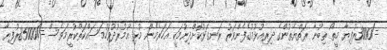
=/3000ރުފިޔާ މީތޯ ތިބުނާ ރަތްޔެތުންގެ ދިރިއުޅުމުގެފެންވަރު ރަނގަޅުކޮށްދިނުމަކީ އަހަރެމެން މުޅި އުމުރުދުވަހުމަސައްކަތްކުރީމަވެސް =/85000ރުފިޔާ